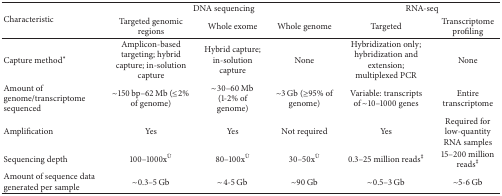
<table><thead><tr><td rowspan="2"><b>Characteristic</b></td><td colspan="3"><b>DNA sequencing</b></td><td colspan="2"><b>RNA-seq</b></td></tr><tr><td><b>Targeted genomic regions</b></td><td><b>Whole exome</b></td><td><b>Whole genome</b></td><td><b>Targeted</b></td><td><b>Transcriptome profiling</b></td></tr></thead><tbody><tr><td>Capture method<sup><i>∗</i></sup></td><td>Amplicon-based targeting; hybrid capture; in-solution capture</td><td>Hybrid capture; in-solution capture</td><td>None</td><td>Hybridization only; hybridization and extension; multiplexed PCR</td><td>None</td></tr><tr><td>Amount of genome/transcriptome sequenced</td><td>~150 bp–62 Mb (≤2% of genome)</td><td>~30–60 Mb (1-2% of genome)</td><td>~3 Gb (≥95% of genome)</td><td>Variable: transcripts of ~10–1000 genes</td><td>Entire transcriptome </td></tr><tr><td>Amplification</td><td>Yes</td><td>Yes</td><td>Not required</td><td>Yes</td><td>Required for low-quantity RNA samples</td></tr><tr><td>Sequencing depth</td><td>100–1000x<sup>Ü</sup></td><td>80–100x<sup>Ü</sup></td><td>30–50x<sup>Ü</sup></td><td>0.3–25 million reads<sup>‡</sup></td><td>15–200 million reads<sup>‡</sup></td></tr><tr><td>Amount of sequence data generated per sample</td><td>~0.3–5 Gb</td><td>~4-5 Gb</td><td>~90 Gb</td><td>~0.5–3 Gb</td><td>~5-6 Gb</td></tr></tbody></table>